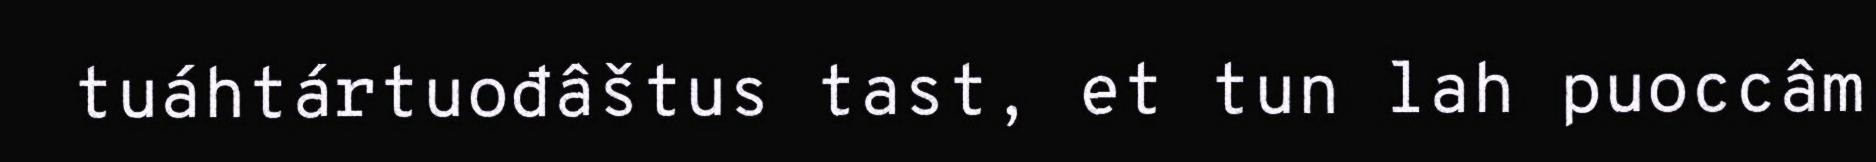
tuáhtártuođâštus tast, et tun lah puoccâm